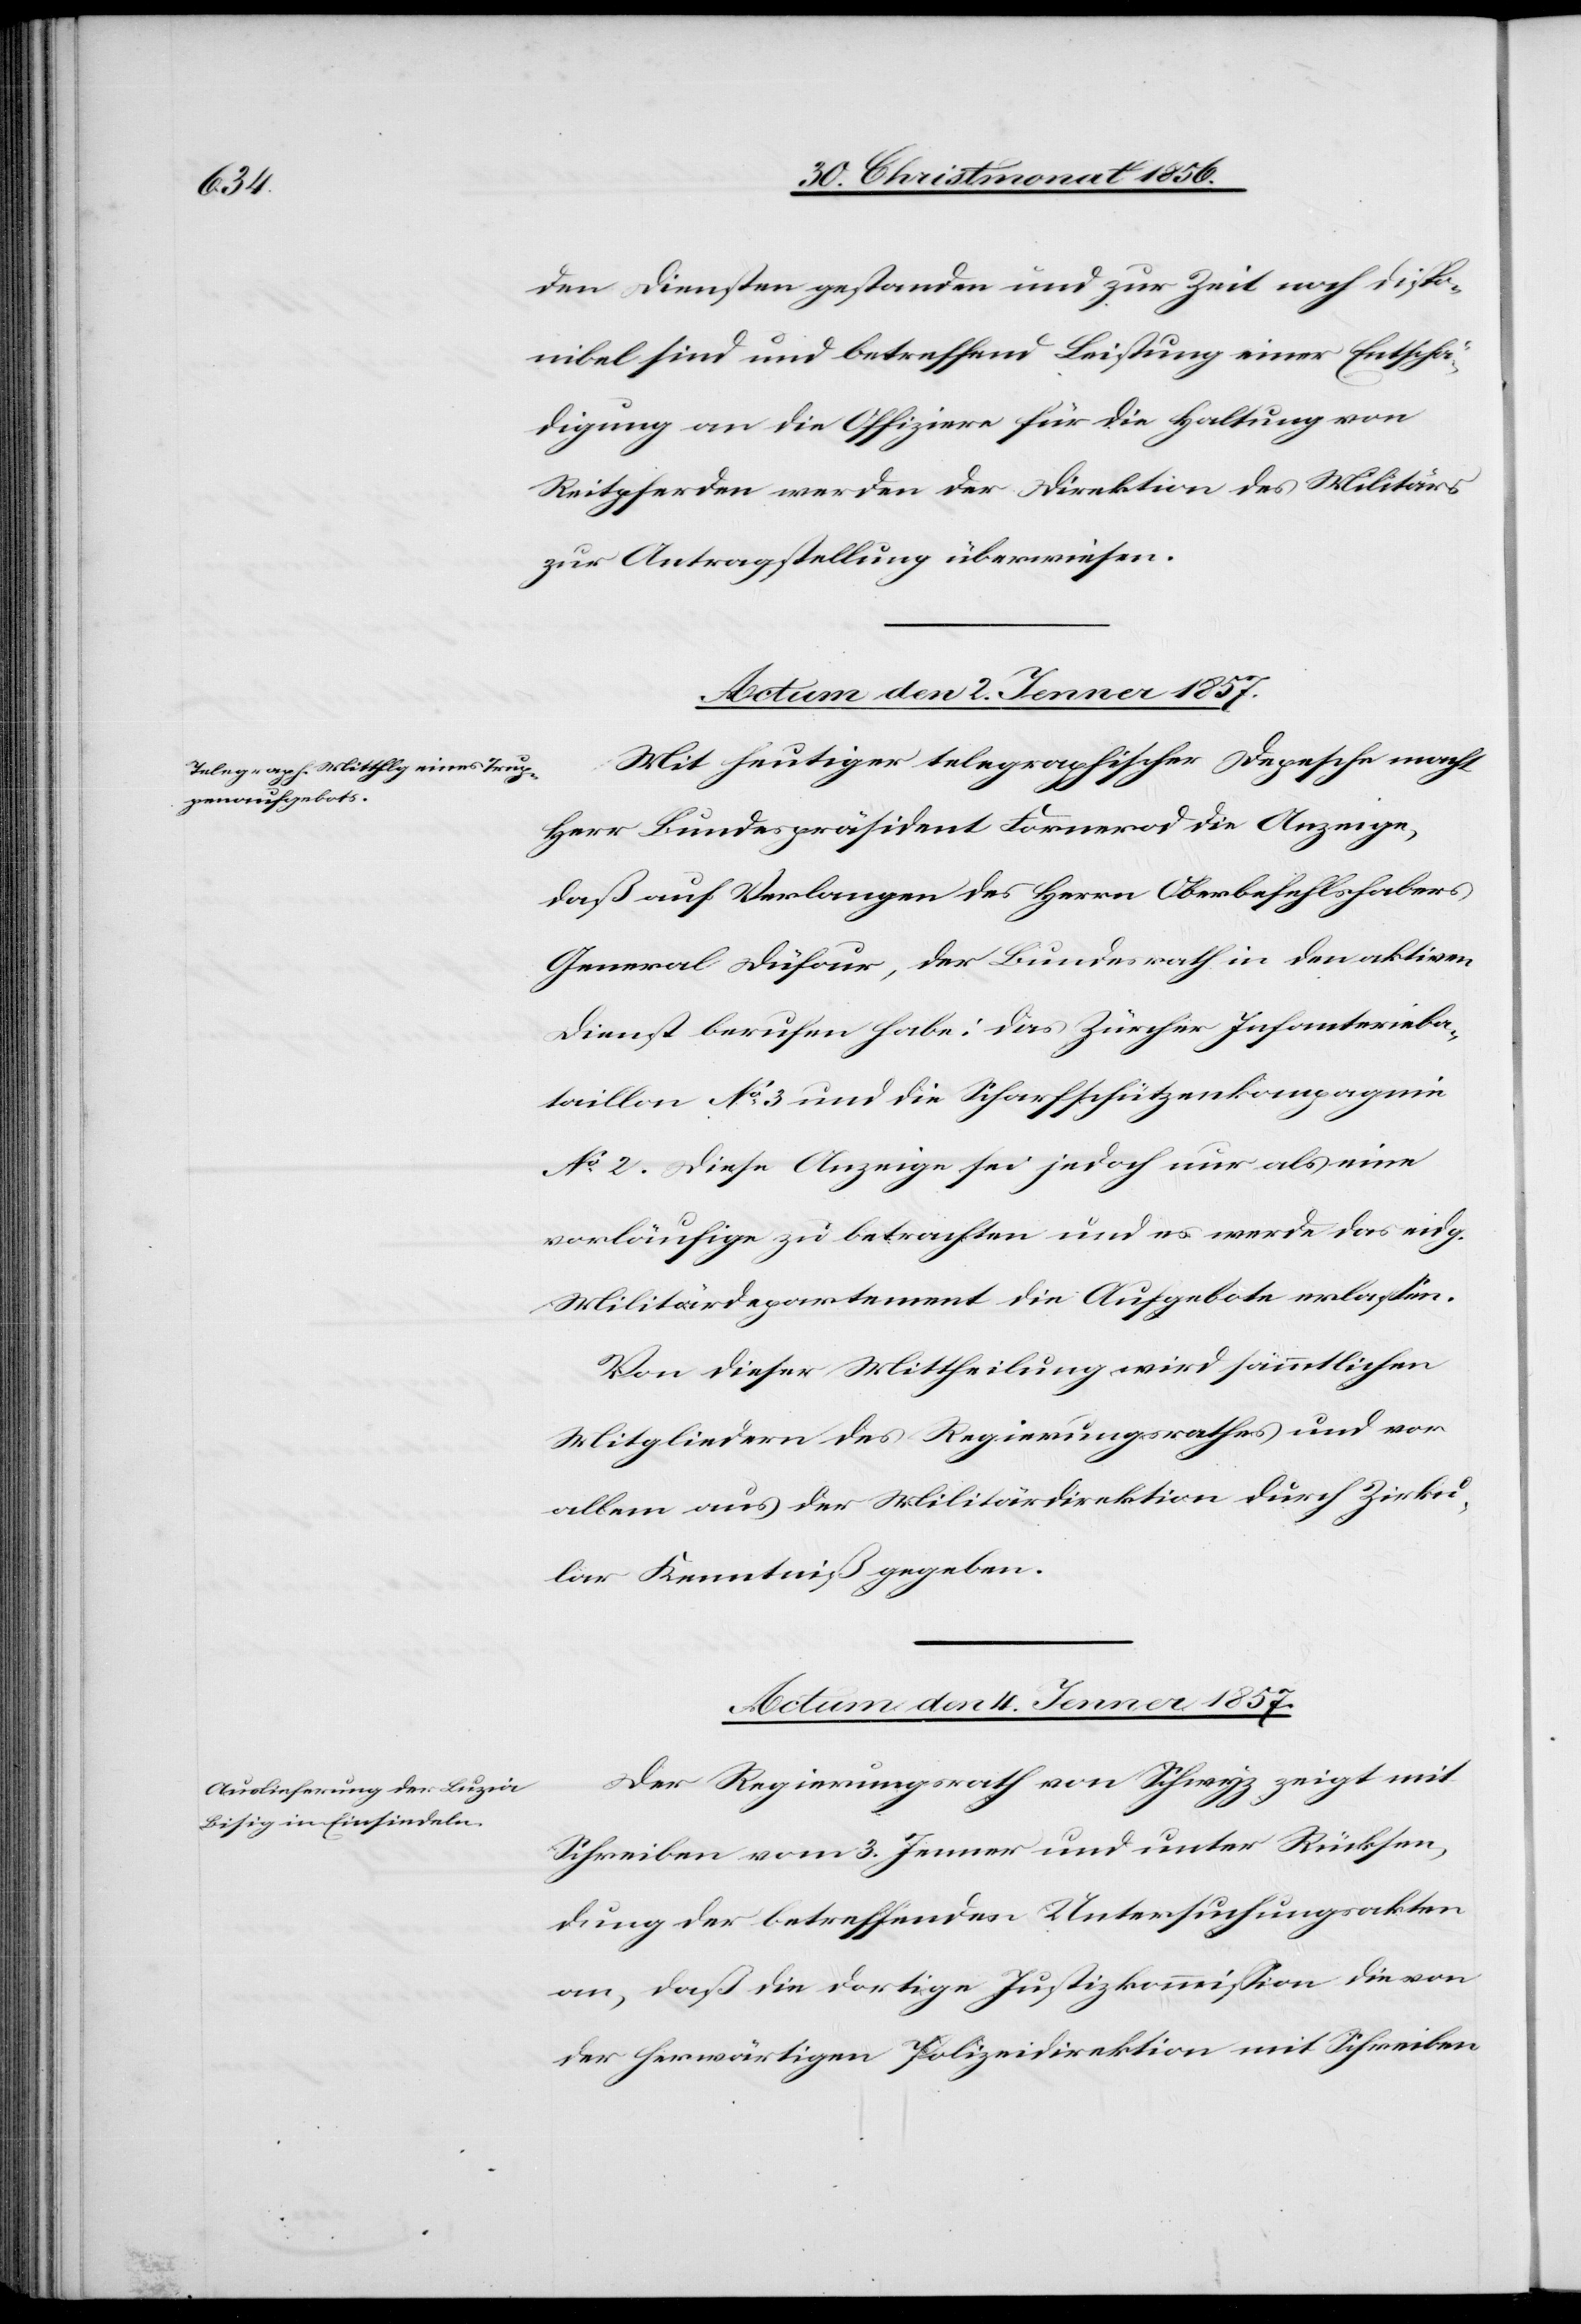
den Diensten gestanden und zur Zeit noch dispo¬
nibel sind und betreffend Leistung einer Entschä¬
digung an die Offiziere für die Haltung von
Reitpferden werden der Direktion des Militärs
zur Antragstellung überwiesen.
Actum den 4. Jenner 1857.
Mit heutiger telegraphischer Depesche macht
Herr Bundespräsident Fornerod die Anzeige,
daß auf Verlangen des Herrn Oberbefehlshabers
General Düfour, der Bundesrath in den aktiven
Dienst berufen habe: das Zürcher Infanterieba¬
taillon No 3 und die Schafschützenkompagnie
No 2. Diese Anzeige sei jedoch nur als eine
vorläufige zu betrachten und es werde das eidg.
Militärdepartement die Aufgebote erlassen.
Von dieser Mittheilung wird sämmtlichen
Mitgliedern des Regierungsrathes und vor
allem aus der Militärdirektion durch Zirku¬
lar Kenntniß gegeben.
Der Regierungsrath von Schwyz zeigt mit
Schreiben vom 3. Jenner und unter Rücksen¬
dung der betreffenden Untersuchungsakten
an, daß die dortige Justizkommission die von
der herwärtigen Polizeidirektion mit Schreiben